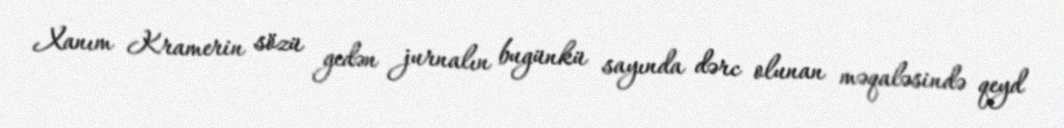
Xanım Kramerin sözü gedən jurnalın bugünkü sayında dərc olunan məqaləsində qeyd